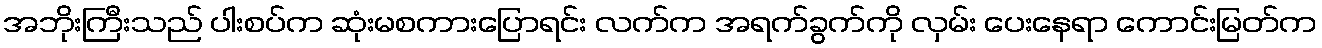
အဘိုးကြီးသည် ပါးစပ်က ဆုံးမစကားပြောရင်း လက်က အရက်ခွက်ကို လှမ်း ပေးနေရာ ကောင်းမြတ်က